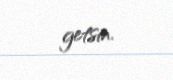
getsin.